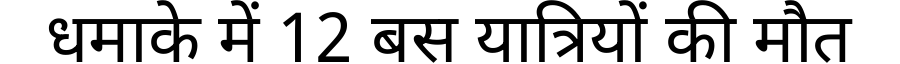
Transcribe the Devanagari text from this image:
धमाके में 12 बस यात्रियों की मौत